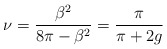
\begin{align*}\nu =\frac{\beta ^{2}}{8\pi -\beta ^{2}}=\frac{\pi }{\pi +2g}\end{align*}